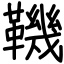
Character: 鞿